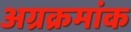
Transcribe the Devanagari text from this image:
अग्रक्रमांक